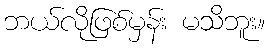
ဘယ်လိုဖြစ်မှန်း မသိဘူး။